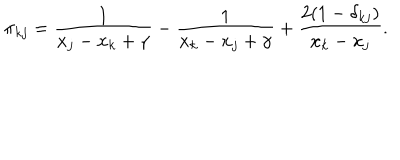
LaTeX: \pi _ { k j } = \frac { 1 } { x _ { j } - x _ { k } + \gamma } - \frac { 1 } { x _ { k } - x _ { j } + \gamma } + \frac { 2 ( 1 - \delta _ { k j } ) } { x _ { k } - x _ { j } } .